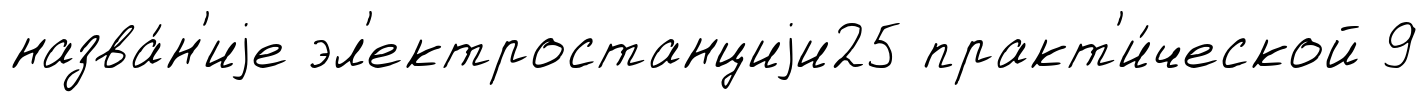
назва́н'иjе эл'ектростанциjи25 практ'и́ческой 9